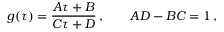
g ( \tau ) = \frac { A \tau + B } { C \tau + D } \, , \qquad A D - B C = 1 \, ,